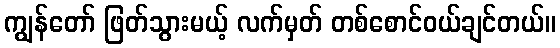
ကျွန်တော် ဖြတ်သွားမယ့် လက်မှတ် တစ်စောင်ဝယ်ချင်တယ်။